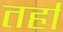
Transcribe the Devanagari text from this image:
तर्हा